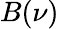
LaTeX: B(\nu)